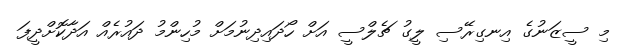
މި ސީޒަނުގެ އިނގިރޭސި ލީގު ޗެލްސީ އަށް ހޯދައިދިނުމަށް މުހިންމު ދައުރެއް އަދާކޮށްދީފަ